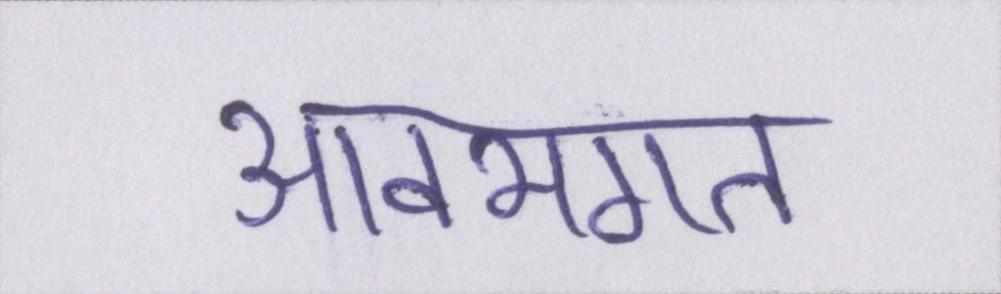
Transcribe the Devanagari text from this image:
आवभगत